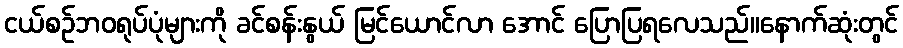
ငယ်စဉ်ဘဝရုပ်ပုံများကို ခင်စန်းနွယ် မြင်ယောင်လာ အောင် ပြောပြရလေသည်။နောက်ဆုံးတွင်